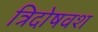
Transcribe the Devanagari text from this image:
त्रिदोषवश